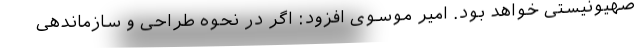
صهیونیستی خواهد بود. امیر موسوی افزود: اگر در نحوه طراحی و سازماندهی